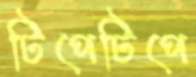
টিপেটিপে